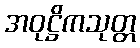
အဝုဋ္ဌိကသုတ္တ